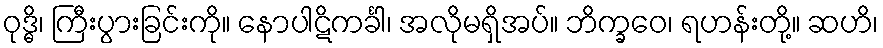
ဝုဒ္ဓိ၊ ကြီးပွားခြင်းကို။ နောပါဋိကင်္ခါ၊ အလိုမရှိအပ်။ ဘိက္ခဝေ၊ ရဟန်းတို့။ ဆဟိ၊